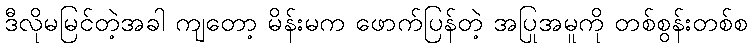
ဒီလိုမမြင်တဲ့အခါ ကျတော့ မိန်းမက ဖောက်ပြန်တဲ့ အပြုအမူကို တစ်စွန်းတစ်စ